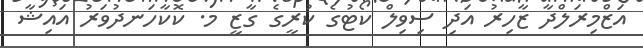
އަޒްމިރަލްދާ ޒާހިރު އަދި ސިވިލް ކޯޓުގެ ކުރީގެ ގާޒީ މ. ކޮކާހަނދުވަރު އައިޝާ